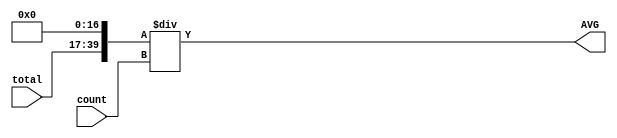
`timescale 1ns/10ps
module divider(AVG,total,count);

input[14:0] count;
input[22:0] total;

output[39:0] AVG;

wire[39:0] avg_pre=((total<<17)/count);

assign AVG=avg_pre[39:0];

endmodule